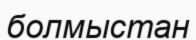
болмыстан